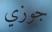
جوزي